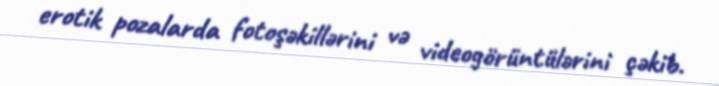
erotik pozalarda fotoşəkillərini və videogörüntülərini çəkib.